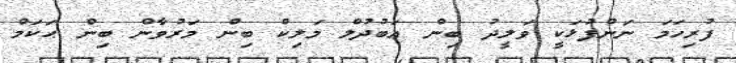
ފުރިހަމަ ނަންފުޅަކީ ވަލީދު ބިން ޢަބުދުލް މަލިކް ބިން މަރުވާން ބިން ޙަކަމް